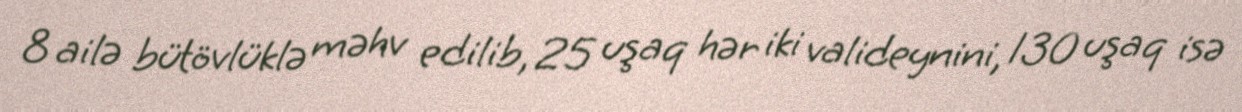
8 ailə bütövlüklə məhv edilib, 25 uşaq hər iki valideynini, 130 uşaq isə